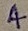
Text: 4